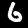
Label: 6